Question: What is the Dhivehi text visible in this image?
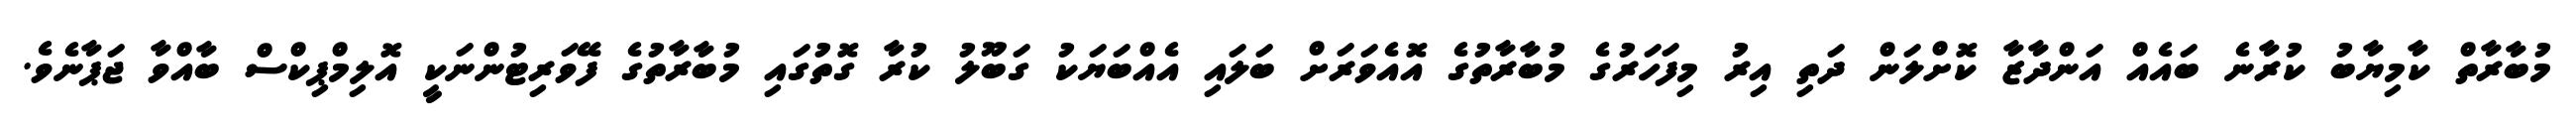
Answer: މުބާރާތް ކާމިޔާބު ކުރާނެ ބައެއް އަންދާޒާ ކޮށްލަން ދަތި އިރު މިފަހަރުގެ މުބާރާތުގެ އޮއެވަރަށް ބަލައި އެއްބަޔަކު ގަބޫލު ކުރާ ގޮތުގައި މުބާރާތުގެ ފޭވަރިޓުންނަކީ އޮލިމްޕިކްސް ބާއްވާ ޖަޕާނެވެ.